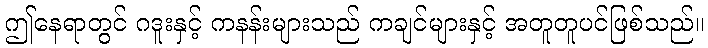
ဤနေရာတွင် ဂဒူးနှင့် ကနန်းများသည် ကချင်များနှင့် အတူတူပင်ဖြစ်သည်။